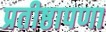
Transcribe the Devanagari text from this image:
प्रतीष्ठापणा